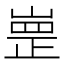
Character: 㟵